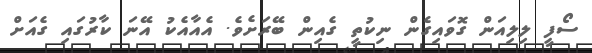
ސޯފީ ލިލިއަން ގޮވައިގެން ނިކުތީ ގެއިން ބޭރަށެވެ. އެއާއެކު އޭނަަ ކާރުގައި ގެއަށް